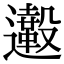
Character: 𨙀